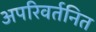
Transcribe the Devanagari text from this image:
अपरिवर्तनित